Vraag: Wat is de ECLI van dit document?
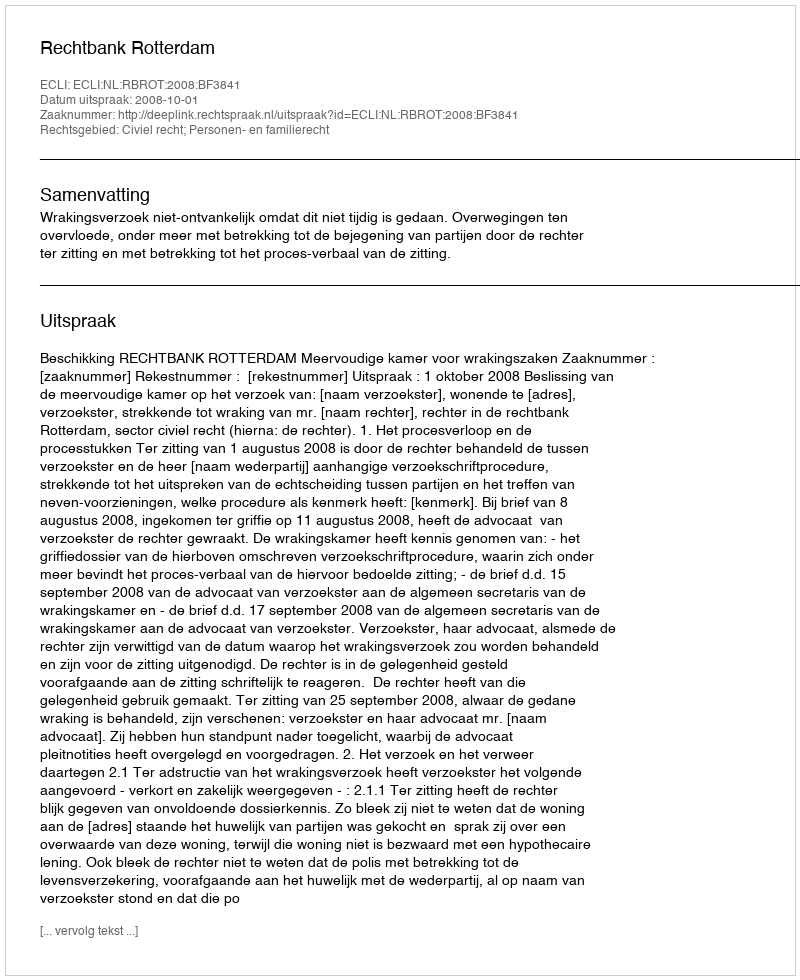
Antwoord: ECLI:NL:RBROT:2008:BF3841